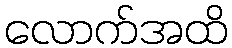
လောက်အထိ